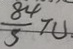
\frac { 8 4 } { 5 } \pi